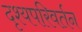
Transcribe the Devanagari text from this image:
दृश्यपरिवर्तन